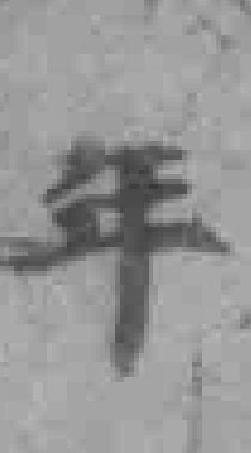
年